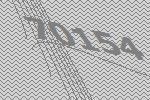
70154